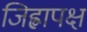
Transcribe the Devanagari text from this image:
जिह्वापक्ष